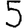
Digit: 5